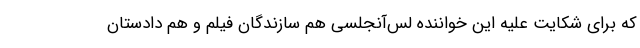
که برای شکایت علیه این خواننده لس‌آنجلسی هم سازندگان فیلم و هم دادستان